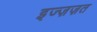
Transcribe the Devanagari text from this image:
इज्ज़ज़त